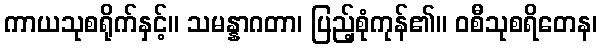
ကာယသုစရိုက်နှင့်။ သမန္နာဂတာ၊ ပြည့်စုံကုန်၏။ ဝစီသုစရိတေန၊